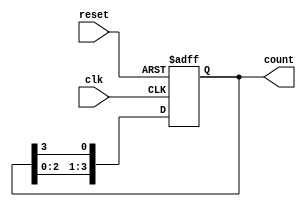
module ring_counter (
    input wire clk,          // Clock signal
    input wire reset,        // Asynchronous reset signal
    output reg [3:0] count   // 4-bit output representing the current state
);

// Initial state
initial begin
    count = 4'b0001; // Initialize the counter to 0001
end

// Always block to handle the clock and reset
always @(posedge clk or posedge reset) begin
    if (reset) begin
        count <= 4'b0001; // Reset to initial state
    end else begin
        // Shift the '1' to the right and wrap around
        count <= {count[2:0], count[3]}; // Circular shift
    end
end

endmodule